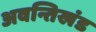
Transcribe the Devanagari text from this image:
अवन्तिखंड